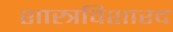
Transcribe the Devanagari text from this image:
शास्त्रविशारद